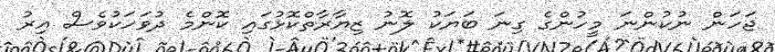
ޖަހަން ނުކުންނަ މީހުންގެ ގިނަ ބަޔަކު ލޮނު ޒިޔާރާތްކޮޅުގައި ކޮންމެ ދުވަހަކުވެސް އިރު